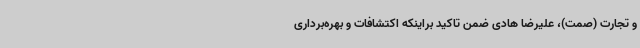
و تجارت (صمت)، علیرضا هادی ضمن تاکید براینکه اکتشافات و بهره‌برداری